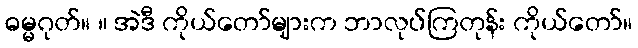
ဓမ္မဂုတ်။ ။ အဲဒီ ကိုယ်တော်များက ဘာလုပ်ကြတုန်း ကိုယ်တော်။